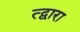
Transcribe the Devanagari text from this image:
त्द्वारा